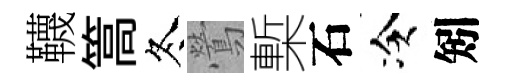
韈篙冬鶯槧石冷矧